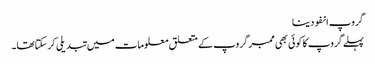
گروپ انفو دینا
پہلے گروپ کا کوئی بھی ممبر گروپ کے متعلق معلومات میں تبدیلی کرسکتاتھا۔